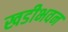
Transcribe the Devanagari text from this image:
खडीभवन